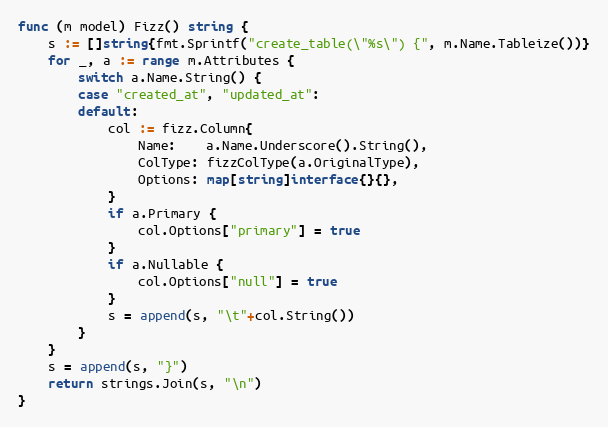
Language: Go
func (m model) Fizz() string {
	s := []string{fmt.Sprintf("create_table(\"%s\") {", m.Name.Tableize())}
	for _, a := range m.Attributes {
		switch a.Name.String() {
		case "created_at", "updated_at":
		default:
			col := fizz.Column{
				Name:    a.Name.Underscore().String(),
				ColType: fizzColType(a.OriginalType),
				Options: map[string]interface{}{},
			}
			if a.Primary {
				col.Options["primary"] = true
			}
			if a.Nullable {
				col.Options["null"] = true
			}
			s = append(s, "\t"+col.String())
		}
	}
	s = append(s, "}")
	return strings.Join(s, "\n")
}